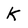
Character: k